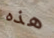
هذه